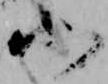
北